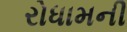
રોધામની